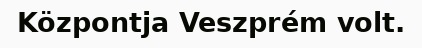
Központja Veszprém volt.